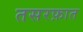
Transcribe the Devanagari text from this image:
तसरफ़ात